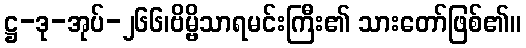
ဋ္ဌ-ဒု-အုပ်-၂၆၆၊ဗိမ္ဗိသာရမင်းကြီး၏ သားတော်ဖြစ်၏။